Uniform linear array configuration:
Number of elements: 48
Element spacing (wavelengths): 0.25
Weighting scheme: hann
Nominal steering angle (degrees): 60
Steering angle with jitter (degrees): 59.354
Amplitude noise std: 0.05
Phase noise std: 0.05

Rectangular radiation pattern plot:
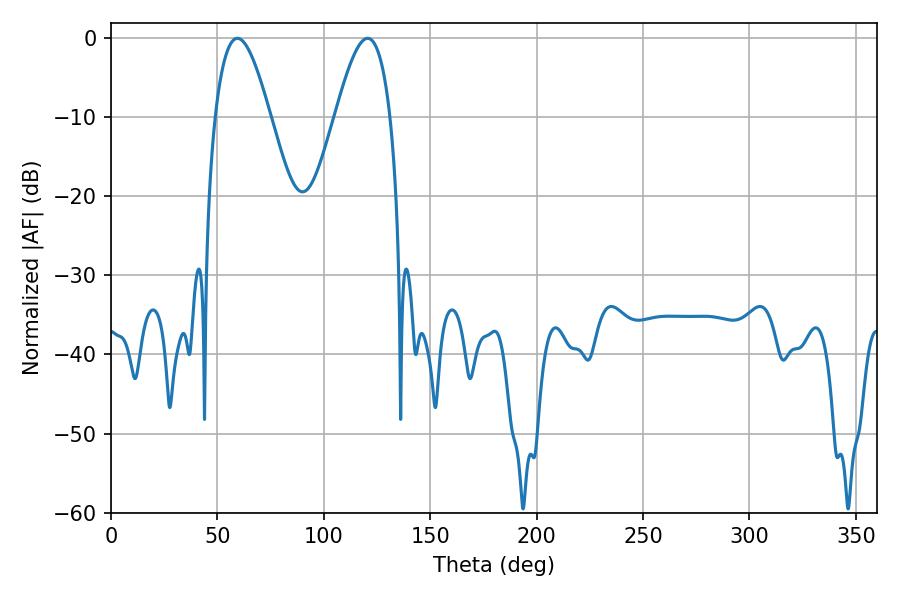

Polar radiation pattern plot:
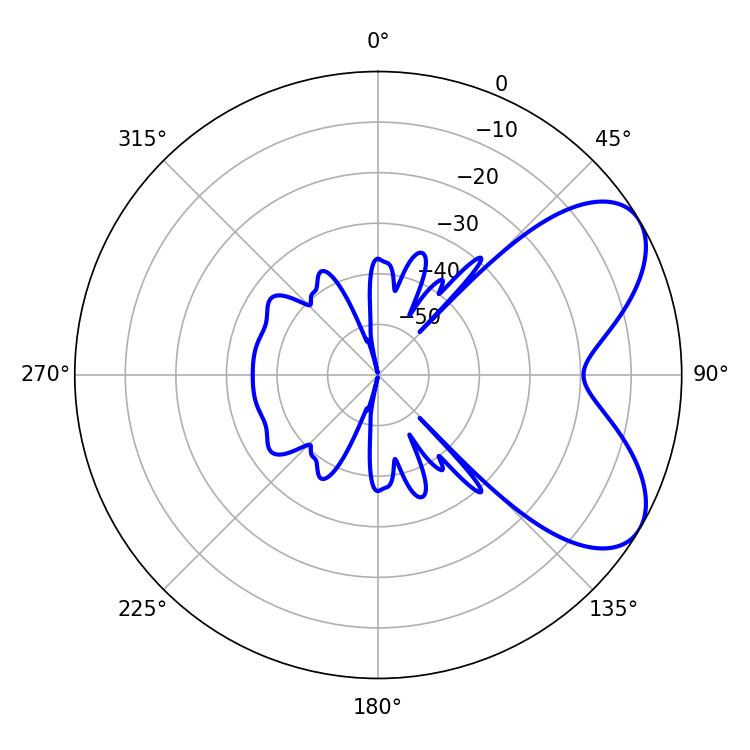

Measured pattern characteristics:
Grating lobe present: FALSE
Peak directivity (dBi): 6.326
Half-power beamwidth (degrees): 14.04
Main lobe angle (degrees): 59.4